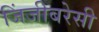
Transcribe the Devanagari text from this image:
जिंजीबरेसी